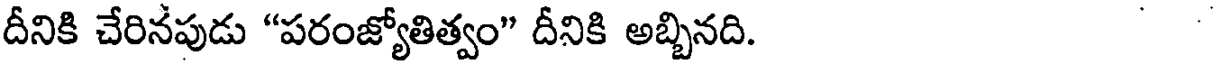
దీనికి చేరినపుడు "పరంజ్యోతిత్వం" దీనికి అబ్బినది. .